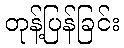
တုန့်ပြန်ခြင်း